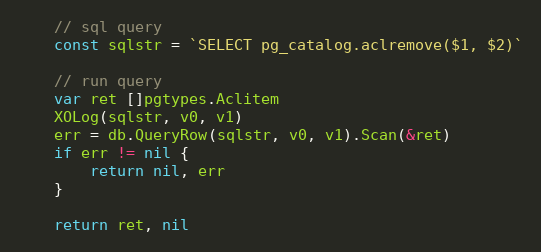
Language: Go
	// sql query
	const sqlstr = `SELECT pg_catalog.aclremove($1, $2)`

	// run query
	var ret []pgtypes.Aclitem
	XOLog(sqlstr, v0, v1)
	err = db.QueryRow(sqlstr, v0, v1).Scan(&ret)
	if err != nil {
		return nil, err
	}

	return ret, nil